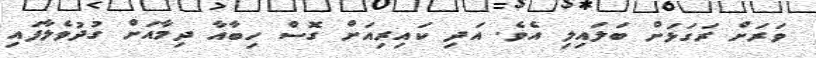
ވަރަށް ރަގަޅަށް ބަލައިލި އެވެ. އަދި ކައިރިއަށް ގޮސް ހިބާއާ ދިމާއަށް ގުދުވެލާފައި